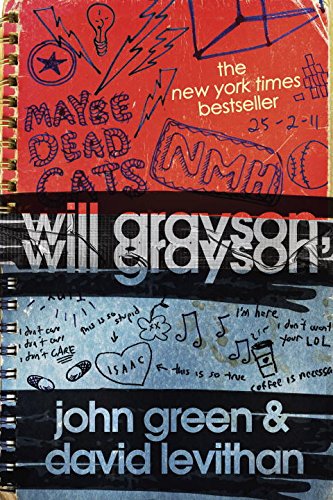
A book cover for Will Grayson, Will Grayson; John Green; Literature & Fiction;